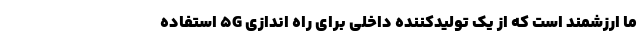
ما ارزشمند است که از یک تولیدکننده داخلی برای راه اندازی 5G استفاده